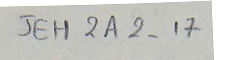
JEH2A2-17